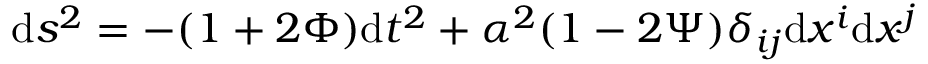
\mathrm { d } s ^ { 2 } = - ( 1 + 2 \Phi ) \mathrm { d } t ^ { 2 } + \alpha ^ { 2 } ( 1 - 2 \Psi ) \delta _ { i j } \mathrm { d } x ^ { i } \mathrm { d } x ^ { j }